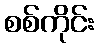
စစ်ကိုင်း